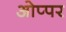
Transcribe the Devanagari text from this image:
ओप्पर